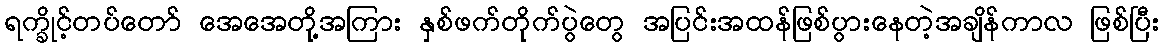
ရက္ခိုင့်တပ်တော် အေအေတို့အကြား နှစ်ဖက်တိုက်ပွဲတွေ အပြင်းအထန်ဖြစ်ပွားနေတဲ့အချိန်ကာလ ဖြစ်ပြီး